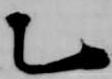
乙